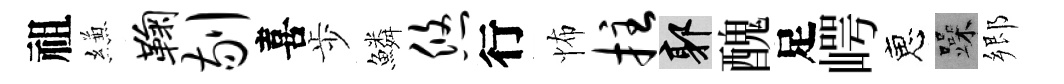
祖縑鞠剔喜歩鱗悠行怖拄郭醜足崿恵躁郷